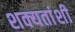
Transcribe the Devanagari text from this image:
शक्यतांशी